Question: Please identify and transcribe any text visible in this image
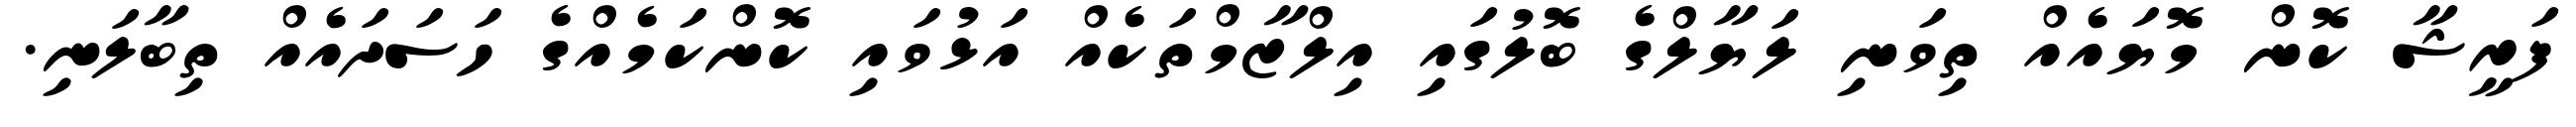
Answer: ފަރީޝާ ކޮން މޮޔައެއް ތިވަނި ލަޔާލްގެ ބޮލުގައި އިލްޒާމްތަކެއް އަޅުވައި ކޮންކަމެއްގެ ހަސަދައެއް ތިބާލަނި.